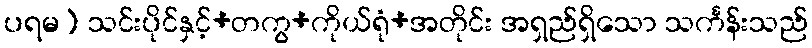
ပရမ) သင်းပိုင်နှင့်+တကွ+ကိုယ်ရုံ+အတိုင်း အရှည်ရှိသော သင်္ကန်းသည်